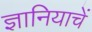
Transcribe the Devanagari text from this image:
ज्ञानियाचें